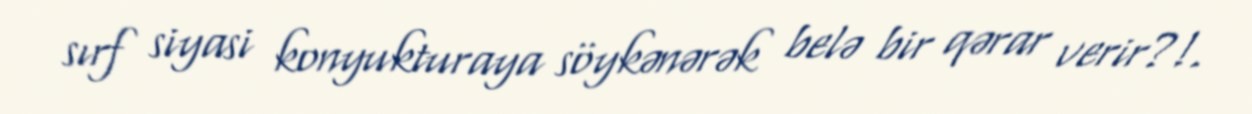
sırf siyasi konyukturaya söykənərək belə bir qərar verir?!.